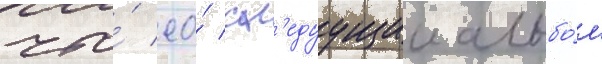
что́ ео́ сл'едуущии альбо́м